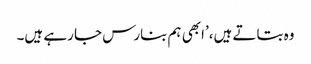
وہ بتاتے ہیں،’ابھی ہم بنارس جا رہے ہیں۔